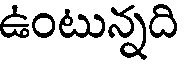
ఉంటున్నది